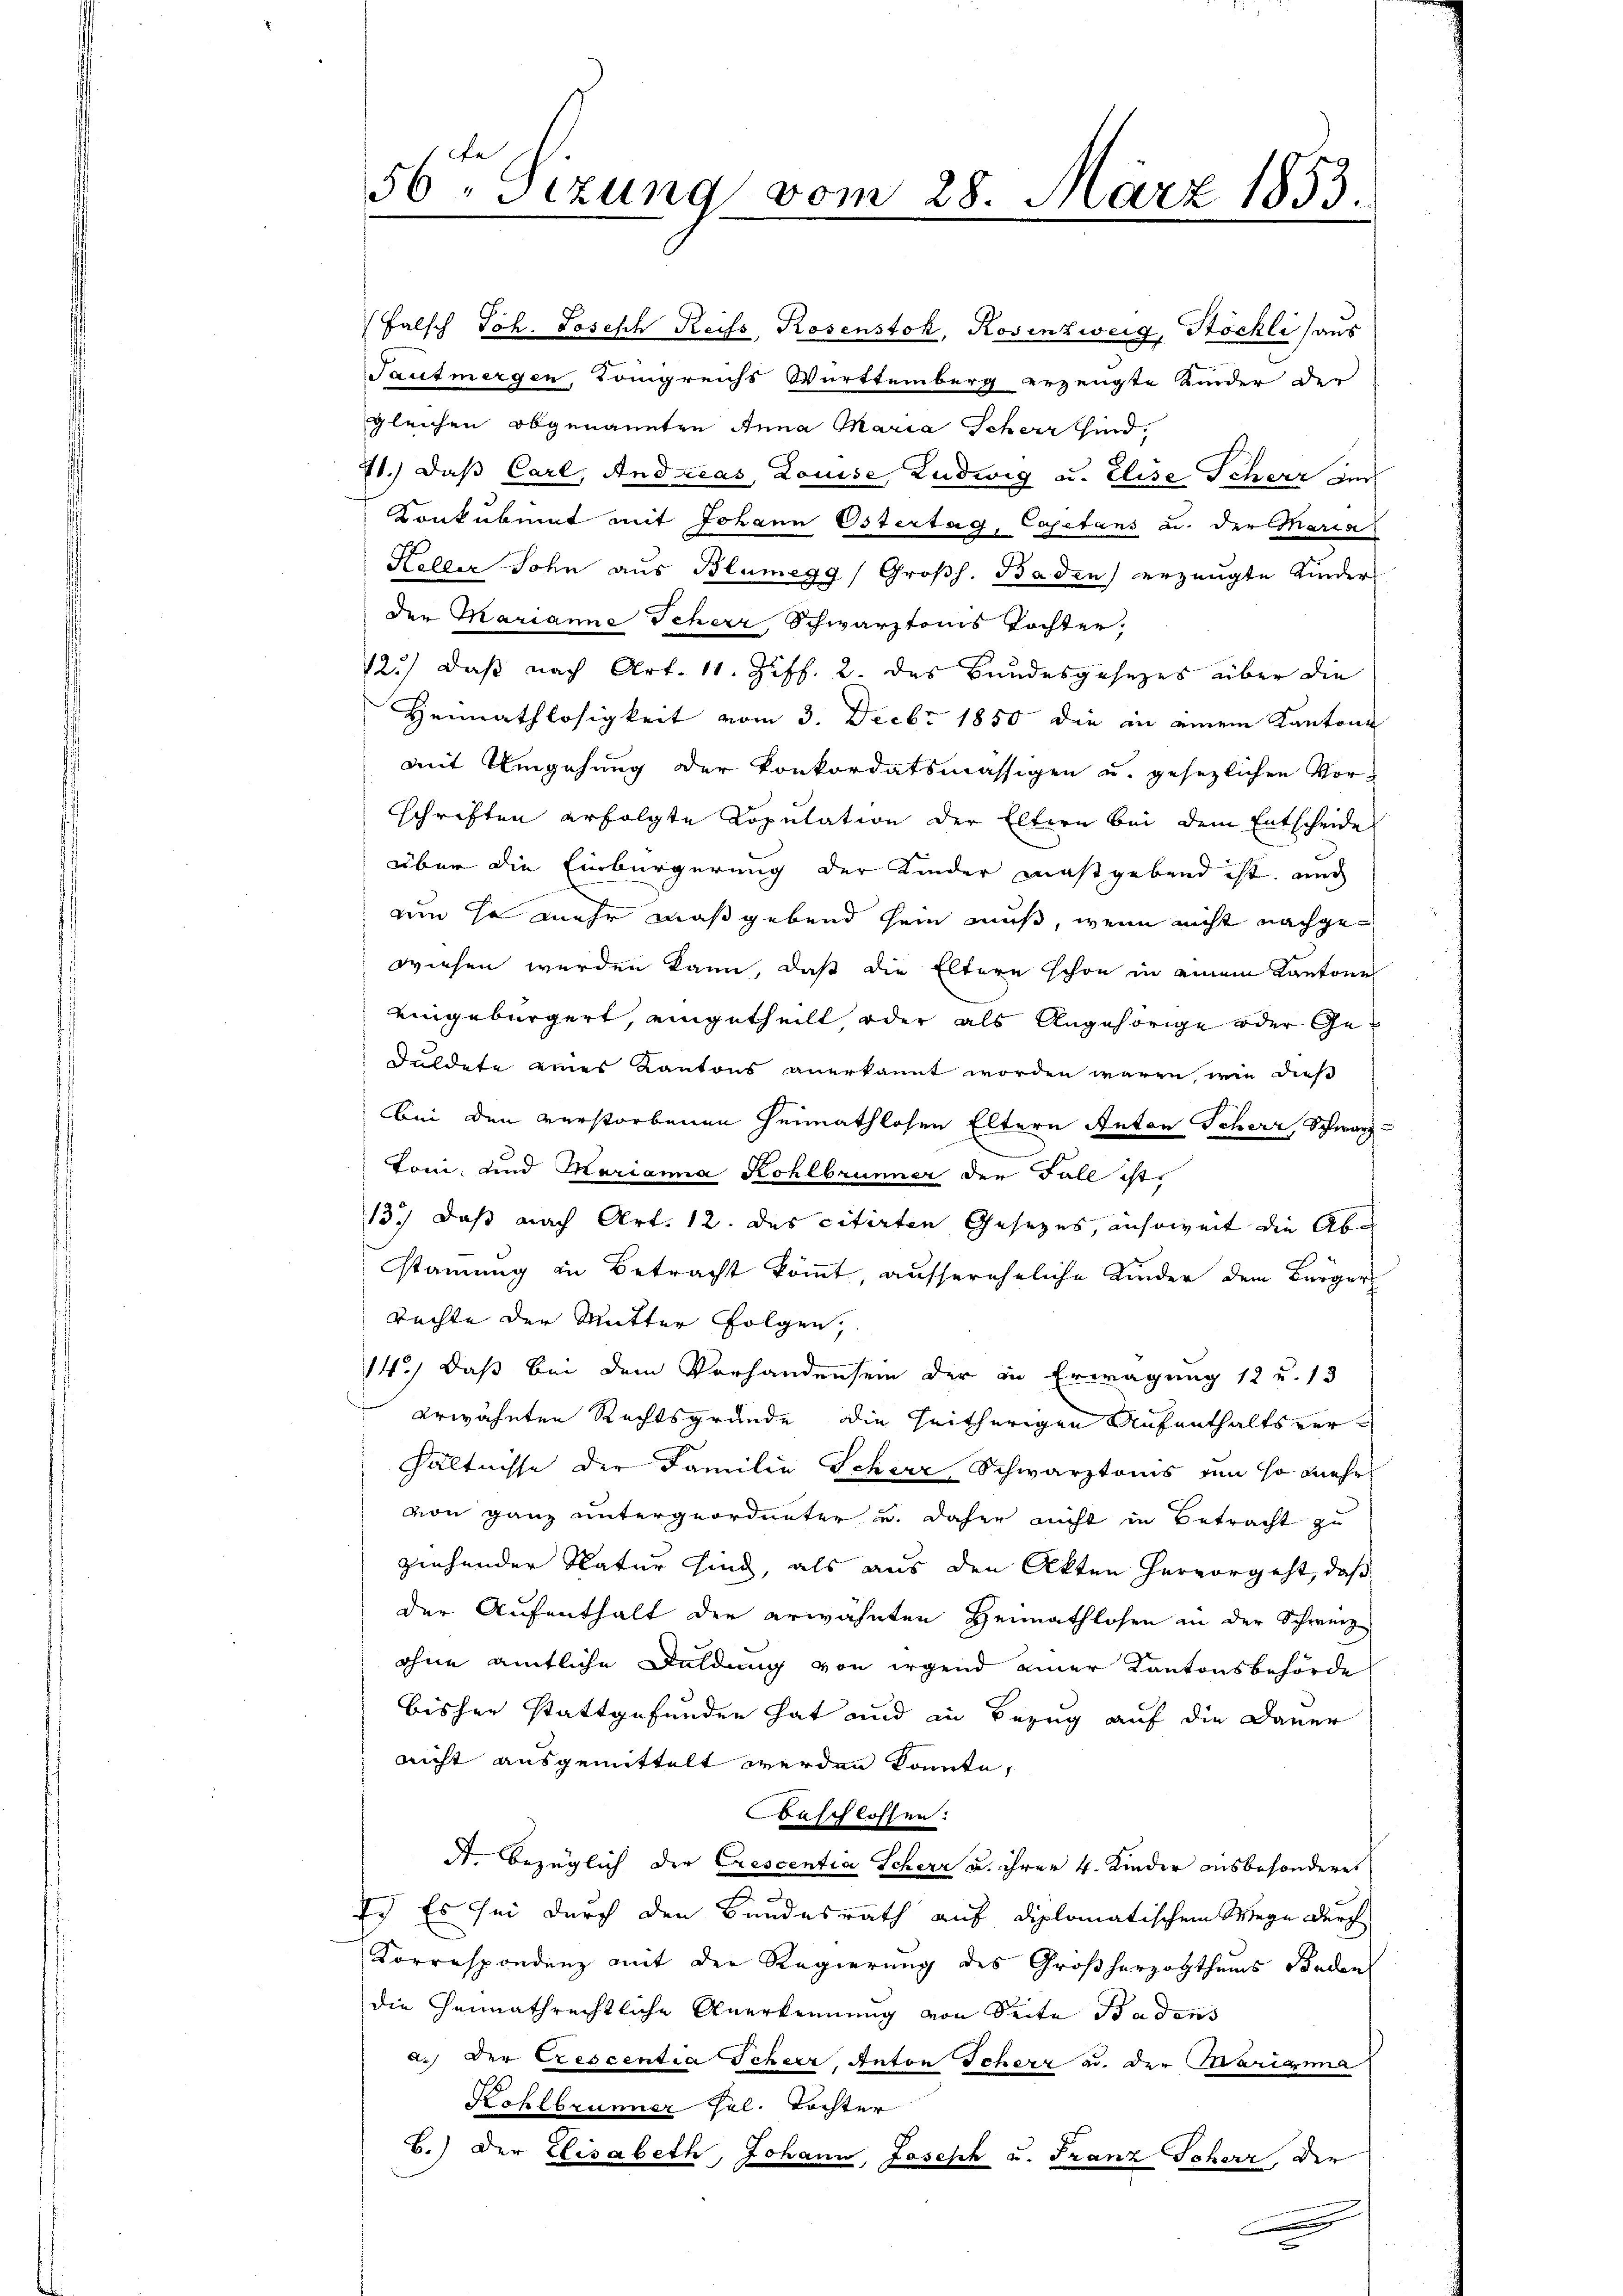
56ten Sizung vom 28. März 1853.

gleichen obgenannten Anna Maria Scheer sind,
71.) Daß Carl, Andreas, Louise Ludwig u. Elise Scherz der
Konkubinat mit Johann Ostertag, Capetans u. der Maria
Heller Sohn aus Blumegg/Großh. Baden) erzeugte Kinder
den Marianne Scherz, Schwarztonis Tochter
12.) Daß nach Art. 11. Ziff. 2. das Bundesgesezes über die
Heimathlosigkeit vom 3. Decbr 1850 die in einem Kantone
mit Umgehung der Konkordatsmässigen u. gesezlichen Vorschriften erfolgte Copulation der Eltern bei dem Entscheide
über die Einbürgerung der Kinder maßgebend ist, und
um so mehr maßgebend sein muß, wenn nicht nachgewiesen werden kann, daß die Eltern schon in einem Kantones
eingebürgert, eingetheilt oder als Angehörige oder Ge¬
Duldete eines Kantons anerkannt worden wären, wie diese
bei den verstorbenen Heimathlosen Eltern Anton Scherr, Schwarz-
toni, und Marianna Kohlbrunner der Fall ist,
13.) Daß nach Art. 12. des citirten Gesezes, ansoweit die Abstammung in Betracht kömmt, aussereheliche Kinder dem Bürger
Rechte der Mutter Folgen,
14.) Daß bei dem Vorhandensein der in Erwägung 12 u. 13
erwähnten Rechtsgründe, die heitherigen Aufenthaltsverhältnisse der Familie Scherr Schwarztonis von so mehr
von ganz untergeordneter u. daher nicht in Betracht zu
ziehender Natur sind, als aus den Akten hervorgeht, daß
der Aufenthalt der erwähnten Heimathlosen in der Schweiz
ohne amtliche Duldung von irgend einer Kantonsbehörde
bisher stattgefunden hat und in Bezug auf die Dauer
nicht ausgemittelt werden könnte,
Baschlossen:
A. bezüglich der Crescentia Scherr u. ihrer 4. Kinder ausbesonderes
Er Es sei durch den Bundesrath auf diplomatischem Wege durch
Korrespondenz mit der Regierung des Großherzogthums Baden
die Hennathrechtliche Anerkennung von Seite Badens
a.) Der Crescentia Scheer, Anton Scherz a. der Marigina
Kohlbrunner sel. Tochter
B.) Der Elisabeth, Johann, Joseph u. Franz Scher, der

Falsch Joh. Joseph Reiss, Rosenstok, Rosenzweig, Stöchli (aus
Tautmergen, Königreichs Württemberg erzeugte Kinder der